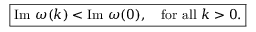
\boxed { \mathrm { I m } \ \omega ( k ) < \mathrm { I m } \ \omega ( 0 ) , \quad \mathrm { f o r \ a l l \ } k > 0 . }